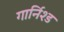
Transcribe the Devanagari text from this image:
गार्निश्ड